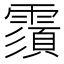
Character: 𩅺